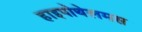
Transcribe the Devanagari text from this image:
हाइपोथेलमस